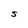
Character: S